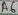
Text: A6